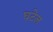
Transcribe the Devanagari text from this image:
घटेल